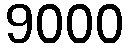
9000